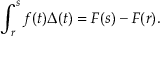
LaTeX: \int _ { r } ^ { s } f ( t ) \Delta ( t ) = F ( s ) - F ( r ) .